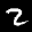
Label: 2